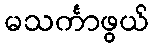
မသင်္ကာဖွယ်